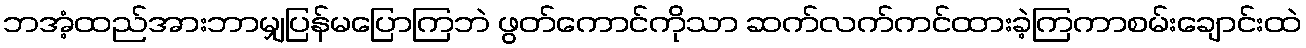
ဘအံ့ထည်အားဘာမျှပြန်မပြောကြဘဲ ဖွတ်ကောင်ကိုသာ ဆက်လက်ကင်ထားခဲ့ကြကာစမ်းချောင်းထဲ